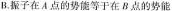
B.振子在A点的势能等于在B点的势能